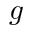
g